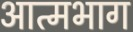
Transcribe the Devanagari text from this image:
आत्मभाग